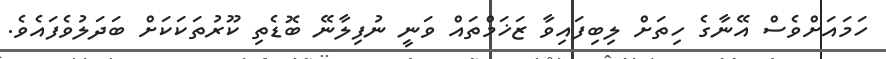
ހަމައަށްވެސް އޭނާގެ ހިތަށް ލިބިފައިވާ ޒަޚަމްތައް ވަނީ ނުފިލާނޭ ބޮޑެތި ކޫރުތަކަކަށް ބަދަލުވެފައެވެ.